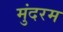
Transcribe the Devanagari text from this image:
मुंदरम